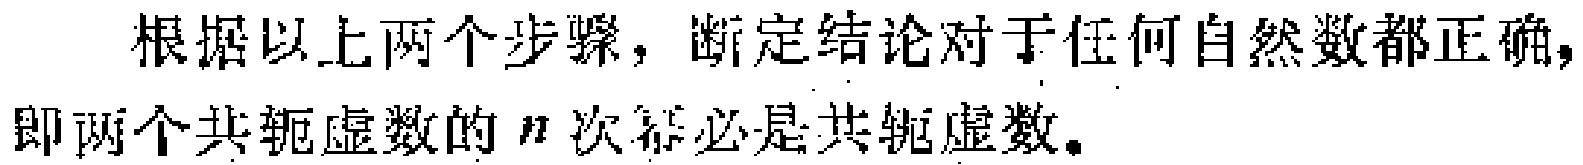
根据以上两个步骤，断定结论对于任何自然数都正确，即两个共轭虚数的 \(n\) 次幂必是共轭虚数。